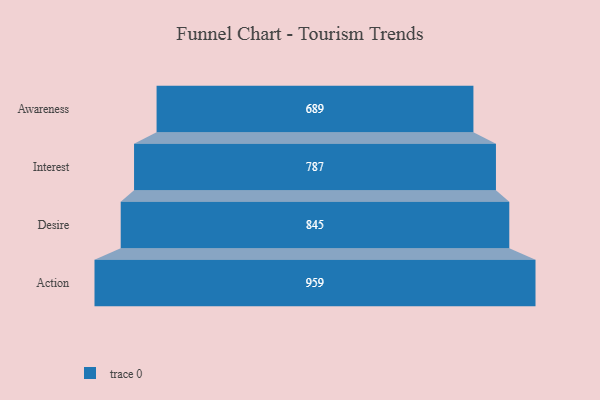
{"axis": {"x": "Stage", "y": "Value"}, "legend": [""], "data": [{"x": "Awareness", "y": 689.0, "type": ""}, {"x": "Interest", "y": 787.0, "type": ""}, {"x": "Desire", "y": 845.0, "type": ""}, {"x": "Action", "y": 959.0, "type": ""}]}